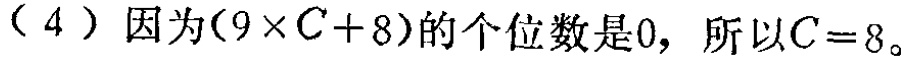
（4）因为\((9\times C + 8)\)的个位数是\(0\)，所以\(C = 8\)。